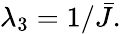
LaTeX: \begin{array}{r}{\lambda_{3}=1/\bar{J}.}\end{array}